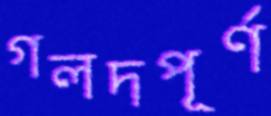
গলদপূর্ণ